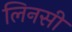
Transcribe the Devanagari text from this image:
लिनसी